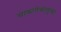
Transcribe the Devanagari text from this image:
साकातेकोलुका